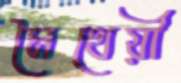
মৈথেয়ী